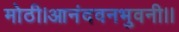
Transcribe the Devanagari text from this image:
मोठी।आनंदवनभुवनी।।